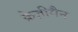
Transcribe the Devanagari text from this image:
क्रेज़ीमैन